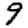
Digit: 9